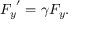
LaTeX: { F _ { y } } ^ { \prime } = \gamma F _ { y } .